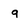
Character: g